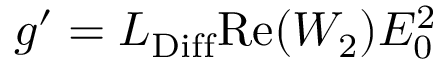
g ^ { \prime } = L _ { \mathrm { D i f f } } \mathrm { R e } ( W _ { 2 } ) E _ { 0 } ^ { 2 }